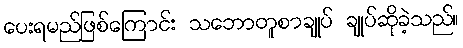
ပေးရမည်ဖြစ်ကြောင်း သဘောတူစာချုပ် ချုပ်ဆိုခဲ့သည်။